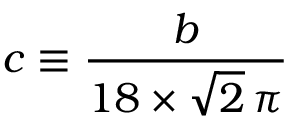
c \equiv \frac { b } { 1 8 \times \sqrt { 2 } \, \pi }